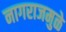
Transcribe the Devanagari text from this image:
नागराजमुळे